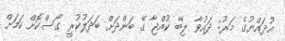
އުދައްޔުގެ މަރު: ދައުވާ ލިބޭ ކުއްޖާ ގޭ ބަންދަށް ބަދަލުކުރީ ގޯސްކޮށް ކަމަށް